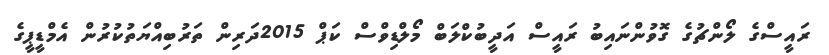
ރައީސްގެ ލޯންޗުގެ ގޮވުންނައިބު ރައީސް އަދީބުކްލަބް މޯލްޑިވްސް ކަޕް 2015ދަރިން ތަރުބިއްޔަތުކުރުން އެމްޑީޕީގެ